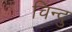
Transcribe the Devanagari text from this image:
चिन्दु